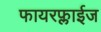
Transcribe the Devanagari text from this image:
फायरफ्लाईज